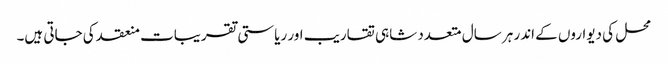
محل کی دیواروں کے اندر ہر سال متعدد شاہی تقاریب اور ریاستی تقریبات منعقد کی جاتی ہیں۔